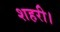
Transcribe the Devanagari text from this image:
शहरी।